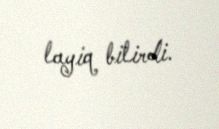
layiq bilirdi.